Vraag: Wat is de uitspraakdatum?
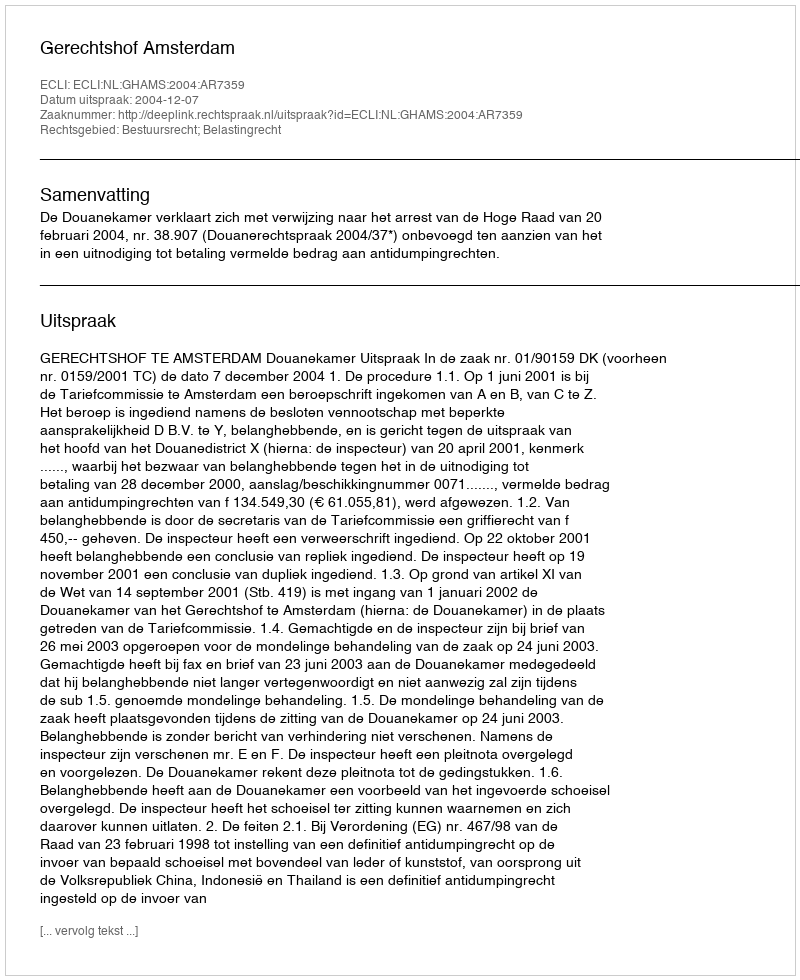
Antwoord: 2004-12-07